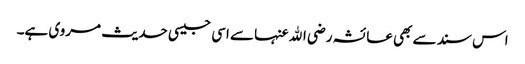
اس سند سے بھی عائشہ رضی الله عنہا سے اسی جیسی حدیث مروی ہے۔